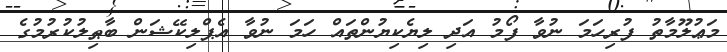
މަޢުލޫމާތު ފުރިހަމަ ނުވާ ފޯމު އަދި ލިޔެކިޔުންތައް ހަމަ ނުވާ އެޕްލިކޭޝަން ބާޠިލުކުރުމުގެ